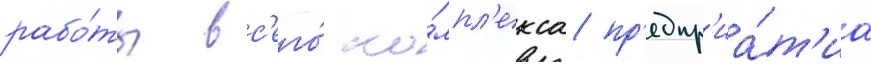
рабо́ты вс'его́ ко́мпл'екса пр'едпр'иа́т'иа